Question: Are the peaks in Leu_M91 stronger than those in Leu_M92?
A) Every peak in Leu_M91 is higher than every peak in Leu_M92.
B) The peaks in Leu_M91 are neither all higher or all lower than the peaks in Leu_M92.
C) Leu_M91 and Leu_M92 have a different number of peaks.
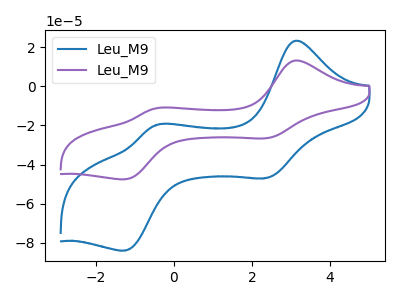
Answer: <think>The blue curve "Leu_M91" has anodic peaks at (3.10V, 23.15uA) (-0.45V, -19.90uA) and cathodic peaks at (2.40V, -46.85uA) (-1.25V, -83.95uA). The purple curve "Leu_M92" has anodic peaks at (3.10V, 13.10uA) (-0.45V, -11.25uA) and cathodic peaks at (2.40V, -26.55uA) (-1.25V, -47.50uA).</think>
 <answer>B) The peaks in "Leu_M91" are neither all higher or all lower than the peaks in "Leu_M92".</answer>
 <eval>B</eval>